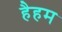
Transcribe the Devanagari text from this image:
हैहम